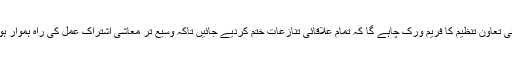
شنگھائی تعاون تنظیم کا فریم ورک چاہے گا کہ تمام علاقائی تنازعات ختم کردیے جائیں تاکہ وسیع تر معاشی اشتراکِ عمل کی راہ ہموار ہوسکے۔